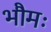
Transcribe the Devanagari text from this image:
भौमः